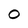
Character: O